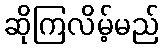
ဆိုကြလိမ့်မည်